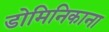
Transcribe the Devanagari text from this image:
डोमिनिकाना